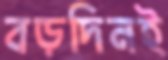
বড়দিনই